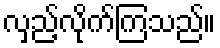
လှည့်လိုက်ကြသည်။